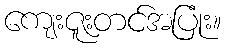
ကျေးဇူးတင်အပြုံး။